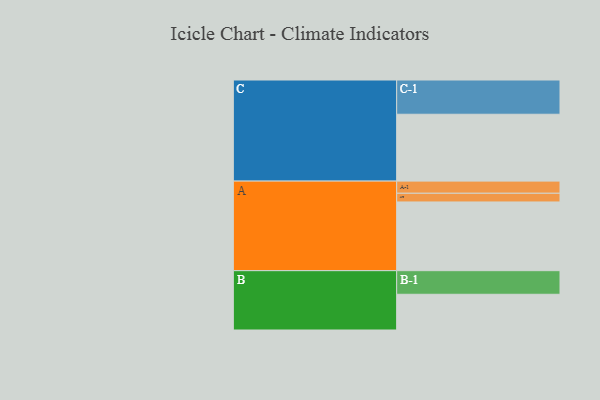
{"axis": {"x": "Segment", "y": "Value"}, "legend": ["", "A", "B", "C"], "data": [{"x": "A", "y": 600, "type": ""}, {"x": "B", "y": 312, "type": ""}, {"x": "C", "y": 584, "type": ""}, {"x": "A-1", "y": 106, "type": "A"}, {"x": "A-2", "y": 76, "type": "A"}, {"x": "B-1", "y": 206, "type": "B"}, {"x": "C-1", "y": 299, "type": "C"}]}